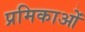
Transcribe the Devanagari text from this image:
प्रमिकाओं